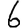
Digit: 6